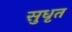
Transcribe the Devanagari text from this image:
सुधृत